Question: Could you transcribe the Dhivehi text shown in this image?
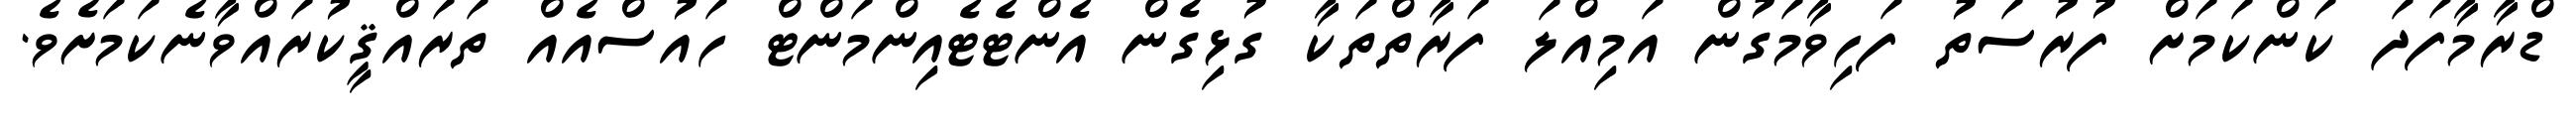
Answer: ޑްރާމާފަދަ ކަންކަމަށް ފުރުސަތު ފަހިވާމަގުން އަމިއްލަ ފަރާތްތަކާ ގުޅިގެން އެންޓެޓެއިންމަންޓް ހައުސްއެއް ތަރައްޤީކުރައްވާނެކަމަށެވެ.